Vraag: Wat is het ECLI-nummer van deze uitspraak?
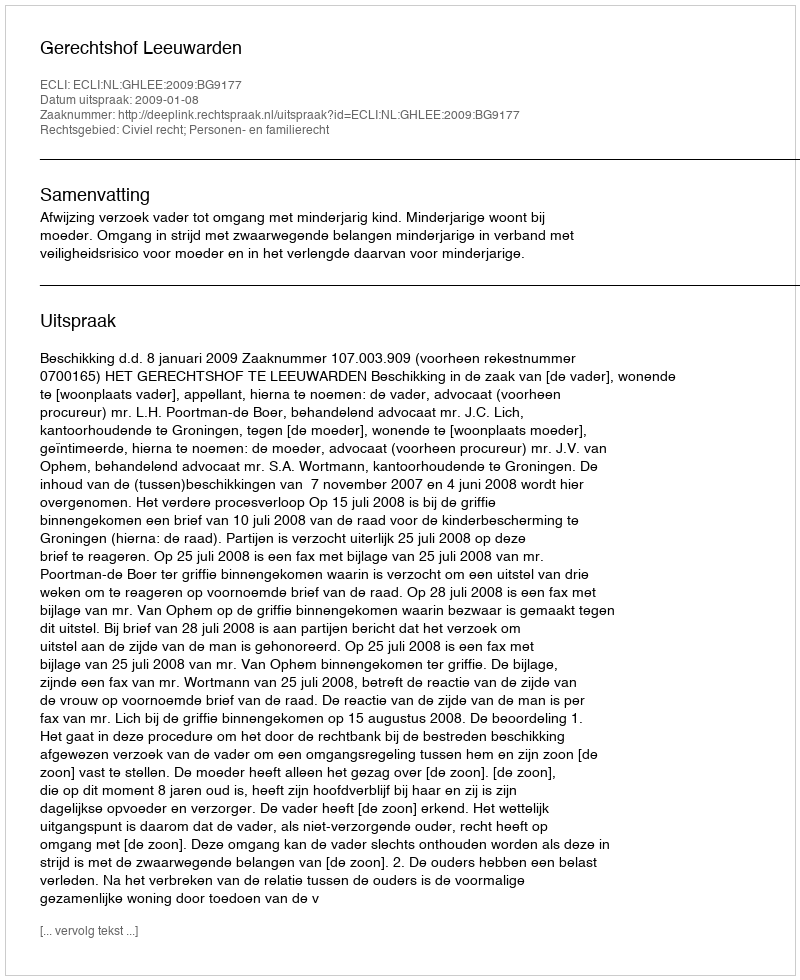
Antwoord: ECLI:NL:GHLEE:2009:BG9177